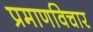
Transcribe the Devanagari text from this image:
प्रमाणविचार